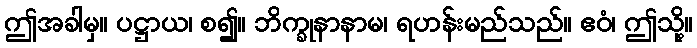
ဤအခါမှ။ ပဋ္ဌာယ၊ စ၍။ ဘိက္ခုနာနာမ၊ ရဟန်းမည်သည်။ ဧဝံ၊ ဤသို့။